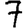
Digit: 7